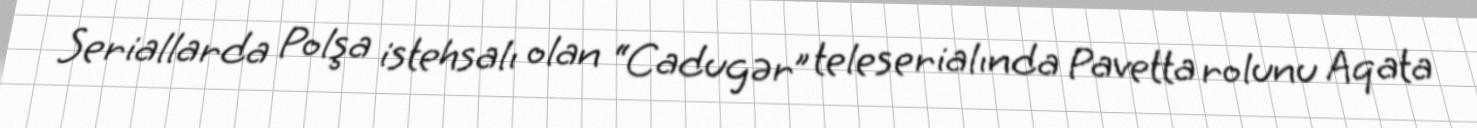
Seriallarda Polşa istehsalı olan “Cadugər” teleserialında Pavetta rolunu Aqata